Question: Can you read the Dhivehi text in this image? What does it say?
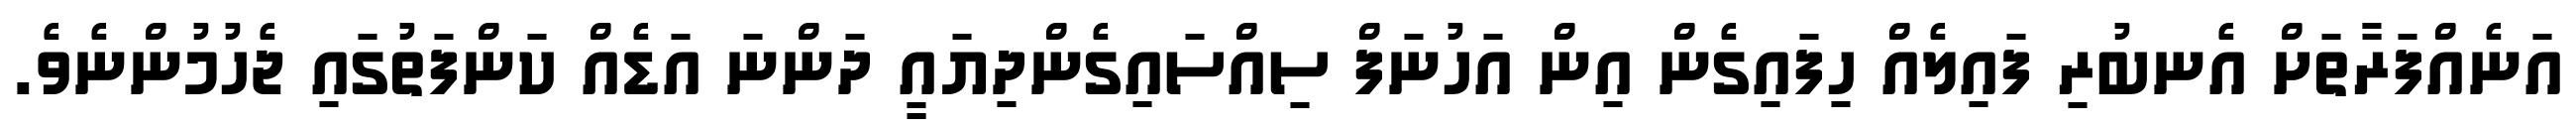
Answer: އަނެއްފަރާތަށް އެނބުރި ފައިލެއް ހިފައިގެން އިން އަހުނަފް ސިއްސައިގެންދިޔައީ ދަންނަ އަޑެއް ކަންފަތުގައި ޖެހުމުންނެވެ.